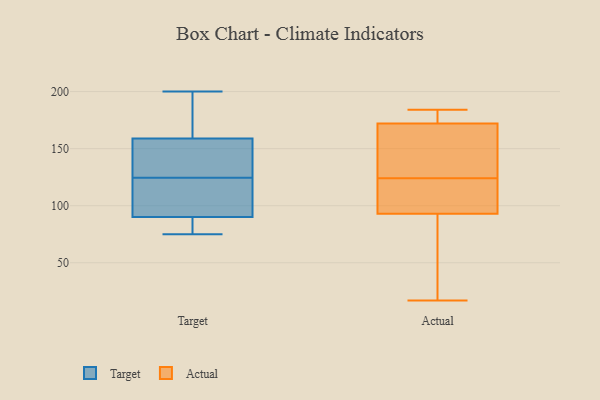
{"axis": {"x": "Backlog", "y": "Value"}, "legend": ["Actual", "Target"], "data": [{"x": "", "y": 75, "type": "Target"}, {"x": "", "y": 146, "type": "Target"}, {"x": "", "y": 96, "type": "Target"}, {"x": "", "y": 90, "type": "Target"}, {"x": "", "y": 200, "type": "Target"}, {"x": "", "y": 89, "type": "Target"}, {"x": "", "y": 155, "type": "Target"}, {"x": "", "y": 159, "type": "Target"}, {"x": "", "y": 177, "type": "Target"}, {"x": "", "y": 103, "type": "Target"}, {"x": "", "y": 152, "type": "Actual"}, {"x": "", "y": 71, "type": "Actual"}, {"x": "", "y": 114, "type": "Actual"}, {"x": "", "y": 172, "type": "Actual"}, {"x": "", "y": 101, "type": "Actual"}, {"x": "", "y": 173, "type": "Actual"}, {"x": "", "y": 184, "type": "Actual"}, {"x": "", "y": 134, "type": "Actual"}, {"x": "", "y": 93, "type": "Actual"}, {"x": "", "y": 167, "type": "Actual"}, {"x": "", "y": 179, "type": "Actual"}, {"x": "", "y": 17, "type": "Actual"}, {"x": "", "y": 38, "type": "Actual"}, {"x": "", "y": 107, "type": "Actual"}]}